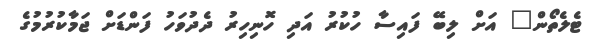
ޓެލެތޯން" އަށް ލިބޭ ފައިސާ ހުކުރު އަދި ހޮނިހިރު ދެދުވަހު ފަންޑަށް ޖަމާކުރުމުގެ